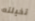
تخيلته